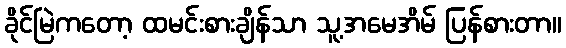
ခိုင်မြဲကတော့ ထမင်းစားချိန်သာ သူ့အမေအိမ် ပြန်စားတာ။